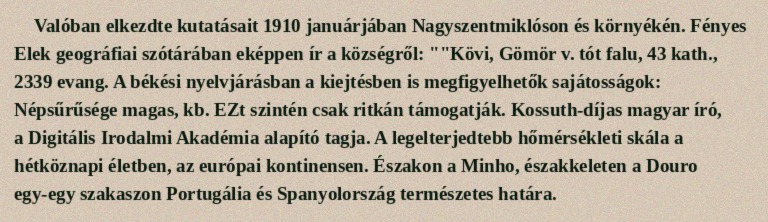
Valóban elkezdte kutatásait 1910 januárjában Nagyszentmiklóson és környékén. Fényes Elek geográfiai szótárában eképpen ír a községről: ""Kövi, Gömör v. tót falu, 43 kath., 2339 evang. A békési nyelvjárásban a kiejtésben is megfigyelhetők sajátosságok: Népsűrűsége magas, kb. EZt szintén csak ritkán támogatják. Kossuth-díjas magyar író, a Digitális Irodalmi Akadémia alapító tagja. A legelterjedtebb hőmérsékleti skála a hétköznapi életben, az európai kontinensen. Északon a Minho, északkeleten a Douro egy-egy szakaszon Portugália és Spanyolország természetes határa.